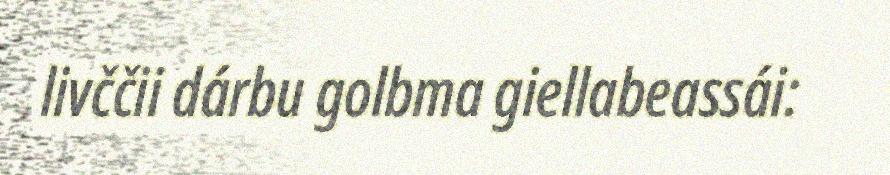
livččii dárbu golbma giellabeassái: